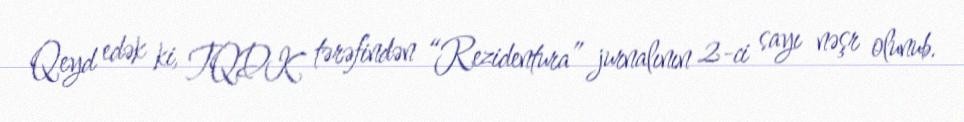
Qeyd edək ki, TQDK tərəfindən “Rezidentura” jurnalının 2-ci sayı nəşr olunub.